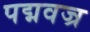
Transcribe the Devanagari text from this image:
पद्मवज्र